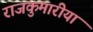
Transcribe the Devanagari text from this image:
राजकुमारीयां